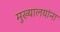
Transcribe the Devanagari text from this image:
मुख्यालयांना